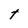
Character: t